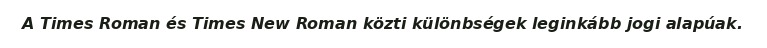
A Times Roman és Times New Roman közti különbségek leginkább jogi alapúak.